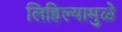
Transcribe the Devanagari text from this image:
लिहिल्यामुळे